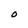
Character: O